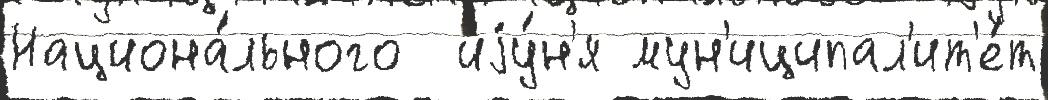
Национа́льного  иjу́н'я мун'иципал'ит'е́т